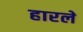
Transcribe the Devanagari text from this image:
हारले